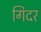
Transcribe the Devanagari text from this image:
गिदर